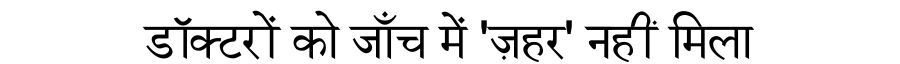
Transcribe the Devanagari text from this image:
डॉक्टरों को जाँच में 'ज़हर' नहीं मिला